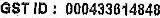
GST ID : 000433614848